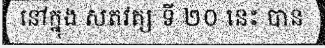
នៅក្នុង សតវត្ស ទី ២០ នេះ បាន